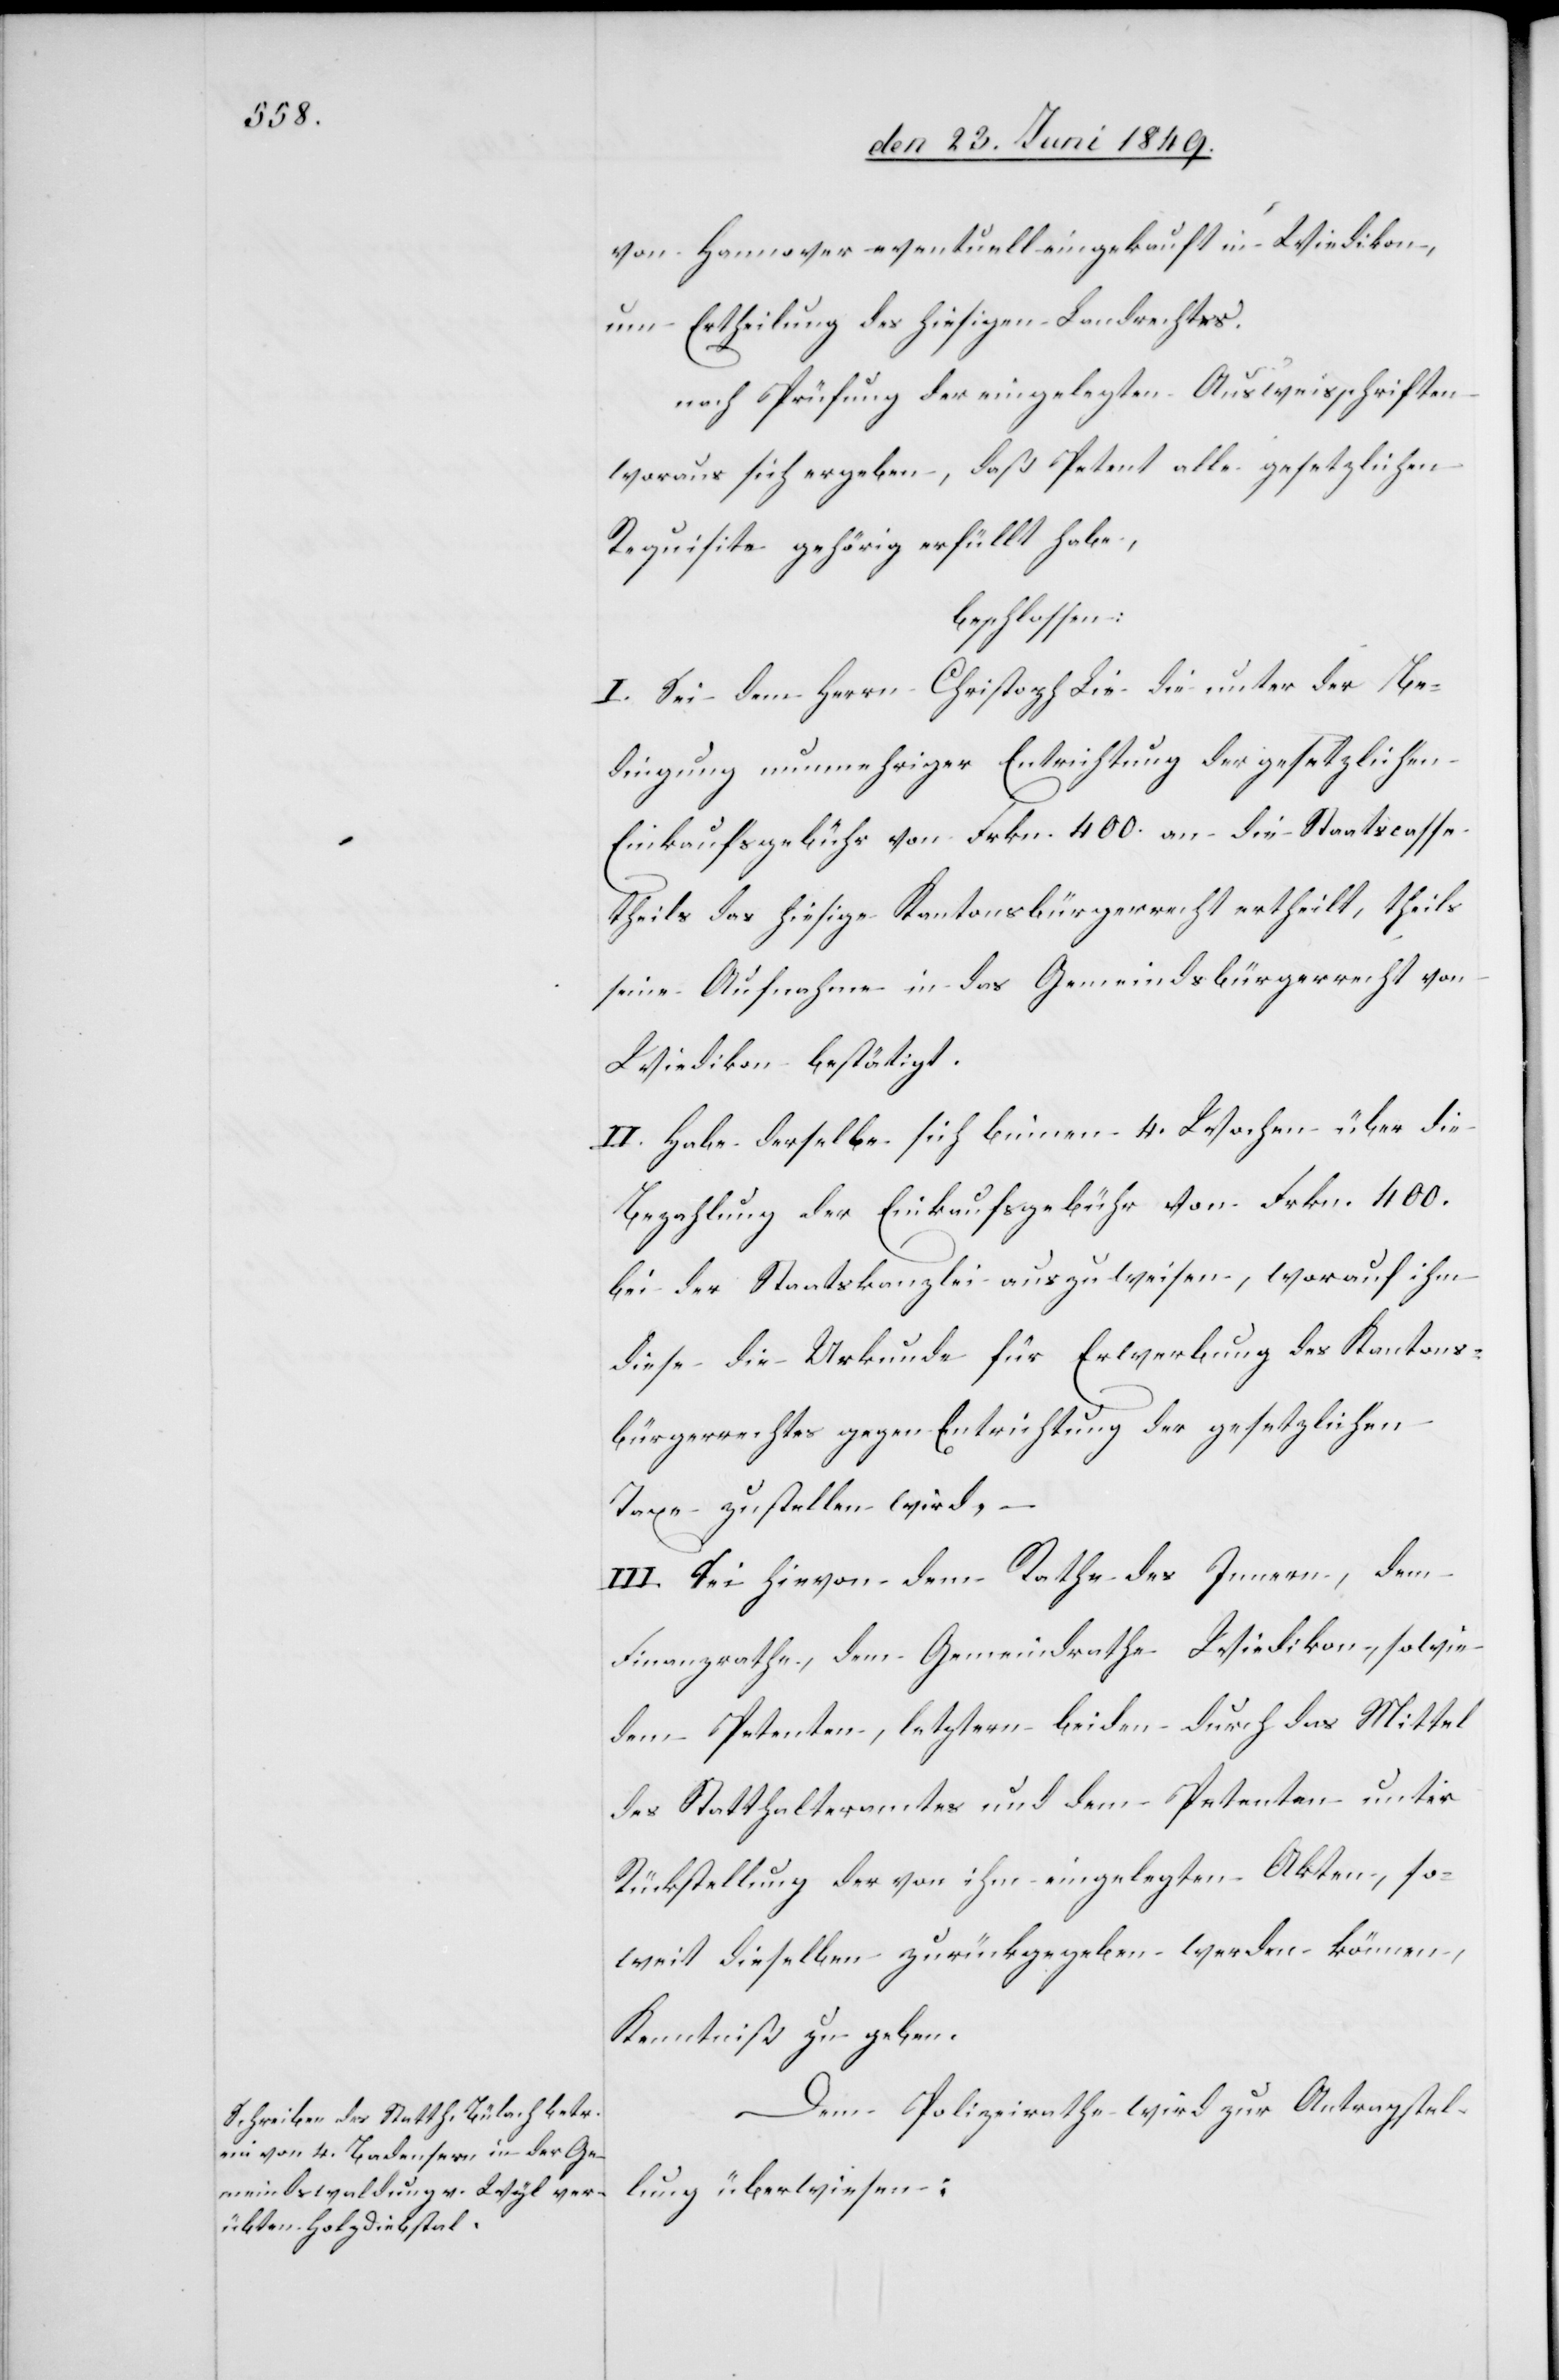
von Hannover eventuell eingekauft in Wiedikon,
um Ertheilung des hiesigen Landrechtes.
nach Prüfung der eingelegten Ausweisschriften
woraus sich ergeben, daß Petent alle gesetzlichen
Requisite gehörig erfüllt habe,
beschlossen:
I. Sei dem Herrn Christoph Lie die unter der Be¬
dingung nunmehriger Entrichtung der gesetzlichen
Einkaufsgebühr von Frkn. 400. an die Staatscasse
theils das hiesige Kantonsbürgerrecht ertheilt, theils
seine Aufnahme in das Gemeindsbürgerrecht von
Wiedikon bestätigt.
II. Habe derselbe sich binnen 4. Wochen über die
Bezahlung der Einkaufsgebühr von Frkn. 400.
bei der Staatskanzlei auszuweisen, worauf ihm
diese die Urkunde für Erwerbung des Kantons¬
bürgerrechtes gegen Entrichtung der gesetzlichen
Taxe zustellen wird, –
III. Sei hievon dem Rathe des Innern, dem
Finanzrathe, dem Gemeindrathe Wiedikon, sowie
dem Petenten, letztern beiden durch das Mittel
des Statthalteramtes und dem Petenten unter
Rückstellung der von ihm eingelegten Akten, so¬
weit dieselben zurückgegeben werden können,
Kenntniß zu geben.
Dem Polizeirathe wird zur Antragstel¬
lung überwiesen: